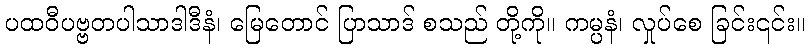
ပထဝီပဗ္ဗတပါသာဒါဒီနံ၊ မြေတောင် ပြာသာဒ် စသည် တို့ကို။ ကမ္ပနံ၊ လှုပ်စေ ခြင်း၎င်း။